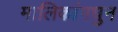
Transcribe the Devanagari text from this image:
मालिकांमधुन